Pusta,_Kaarel_Robert, lk 23
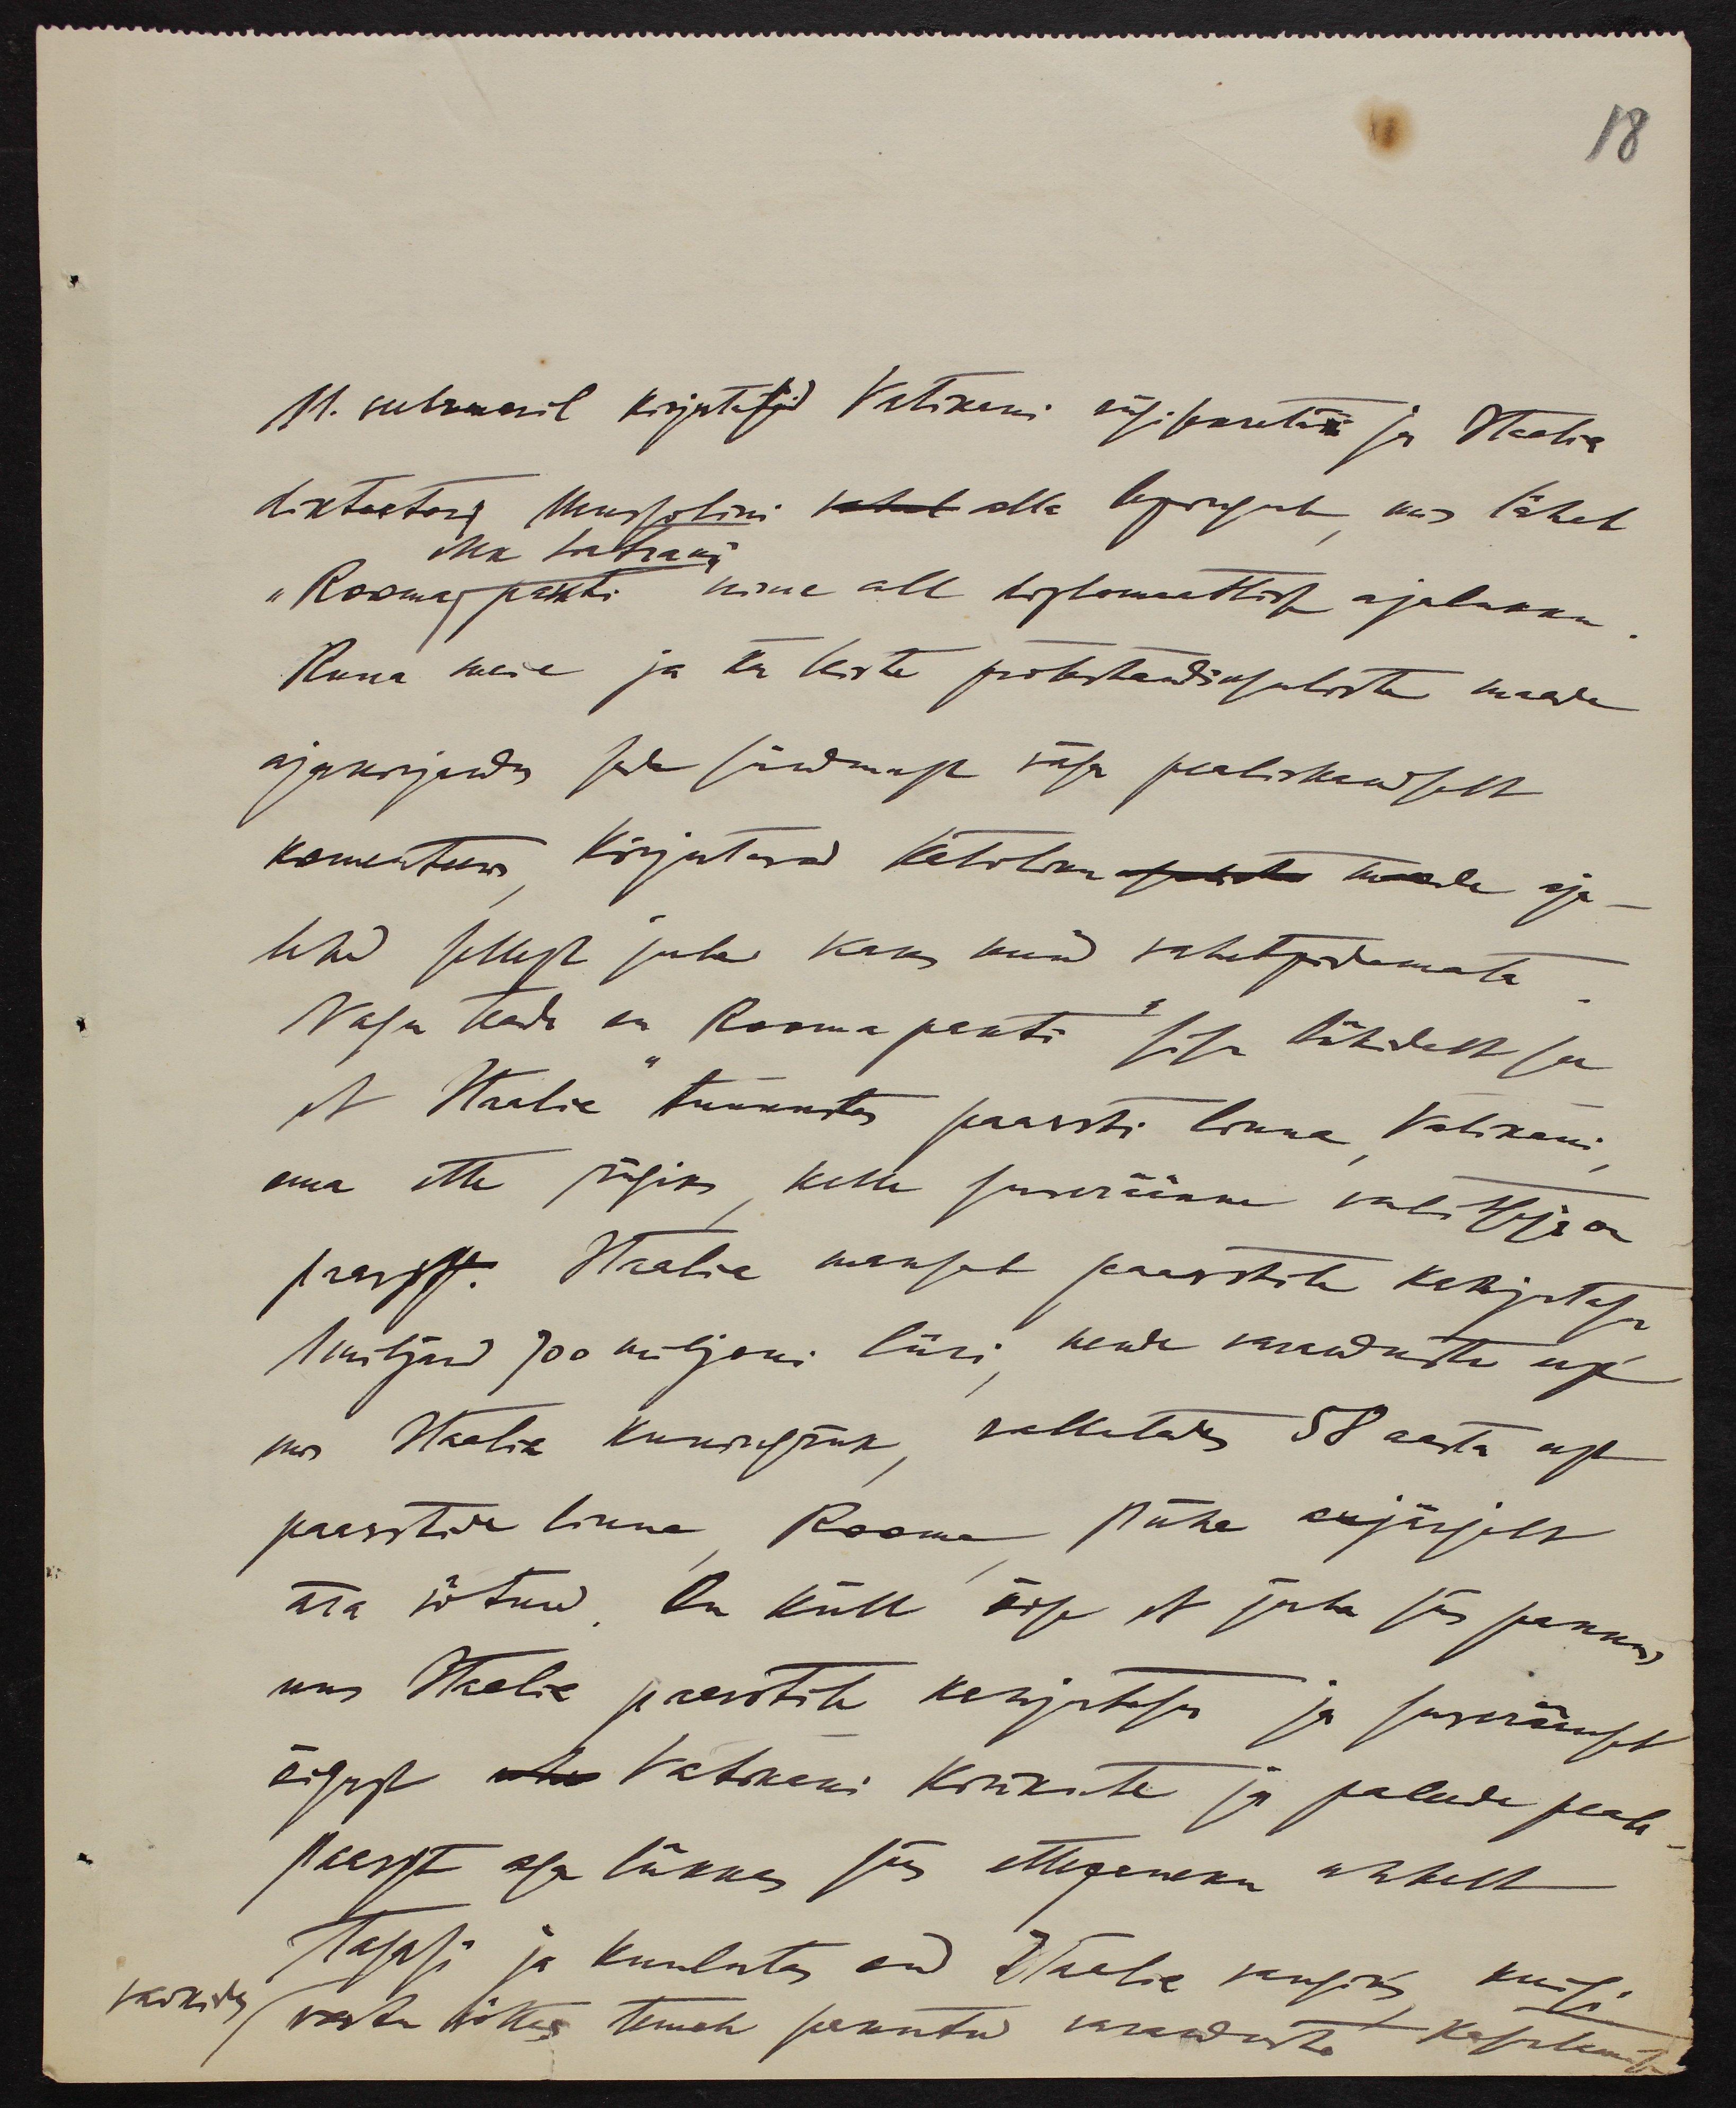
18

11. veebruaril kirjutasid Vatikani riigisekretär ja Itaalia
diktaator Mussolini  alla lepingule mis läheb
Mk Laterani
"Rooma pakti" nime all diplomaatlisse ajalukku.
Kuna meie ja ta teiste protestandiusuliste maade
ajakirjandus seda sündmust väga pealiskaudselt
komenteeris kirjutavad katolike maade aja-
lehed sellest juba kaks kuud vahetpidamata
Nagu teada on Rooma pakti sisu lühidalt see
et Itaalia tunnustas paavsti linna Vatikani
oma ette riigiks kelle suveräänne valitseja on
paavst. Itaalia maksab paavstile kahjutasu
1 miljard 700 miljoni liiri nende varanduste eest
mis Itaalia kuningriik vallutas 58 aasta eest
paavsti linna Rooma püha aujärjelt
ära võtnud. On küll õige et juba siis pakkus
uus Itaalia paavstile kahjutasu ja suveräänset
õigust Vatikani kirikute ja paleede peale
paavst aga lükkas siis ettepaneku uhkelt
tagasi ja kuulutas end Itaalia vangiks kuigi
vaikides vastu võttes temale pakutud varanduste kasutamise